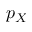
p _ { X }